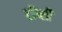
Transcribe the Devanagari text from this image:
टॉप्सी